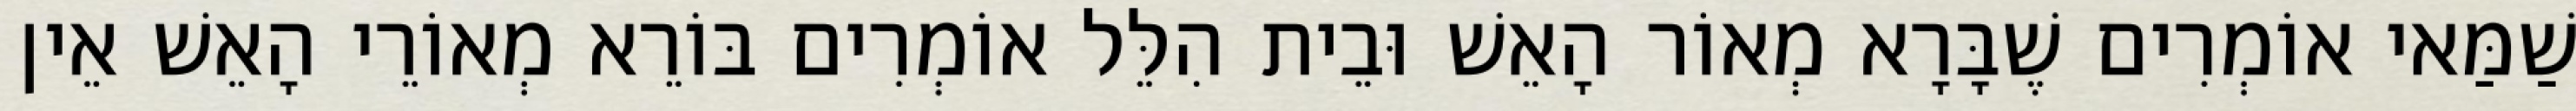
שַׁמַּאי אוֹמְרִים שֶׁבָּרָא מְאוֹר הָאֵשׁ וּבֵית הִלֵּל אוֹמְרִים בּוֹרֵא מְאוֹרֵי הָאֵשׁ אֵין